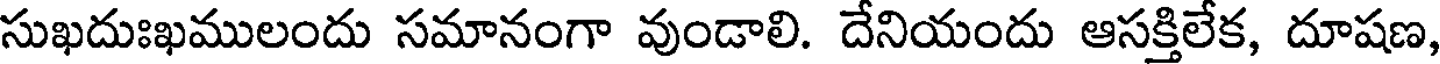
సుఖదుఃఖములందు సమానంగా వుండాలి. దేనియందు ఆసక్తిలేక, దూషణ,